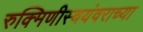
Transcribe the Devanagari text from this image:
रुक्मिणीस्वयंवराच्या